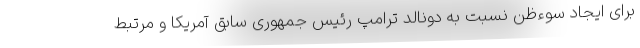
برای ایجاد سوءظن نسبت به دونالد ترامپ رئیس جمهوری سابق آمریکا و مرتبط